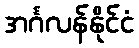
အင်္ဂလန်နိုင်ငံ